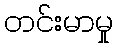
တင်းမာမှု